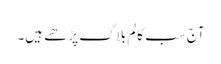
آج سب کالم بلاگ پڑھے ہیں۔